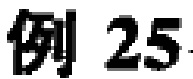
例 25